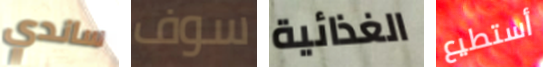
ساندي سوف الغذائية أستطيع